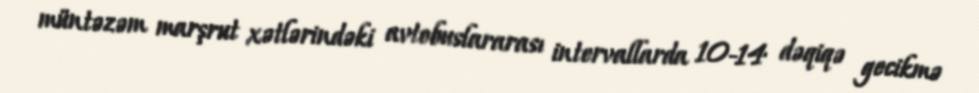
müntəzəm marşrut xətlərindəki avtobuslararası intervallarda 10-14 dəqiqə gecikmə